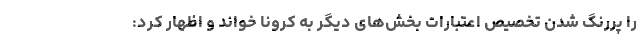
را پررنگ شدن تخصیص اعتبارات بخش‌های دیگر به کرونا خواند و اظهار کرد: